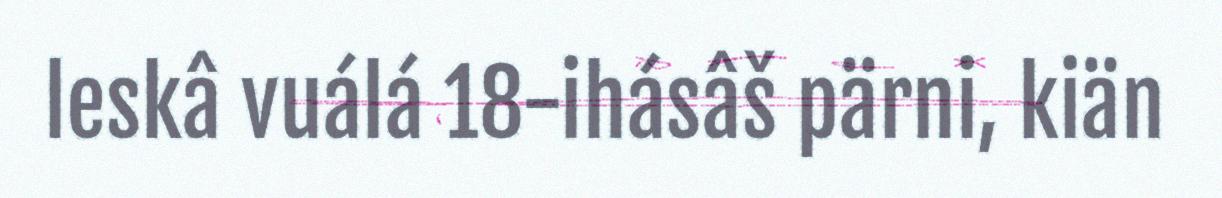
leskâ vuálá 18-ihásâš pärni, kiän